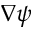
\nabla \psi